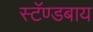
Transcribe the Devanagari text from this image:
स्टॅण्डबाय